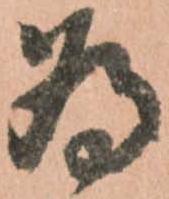
為